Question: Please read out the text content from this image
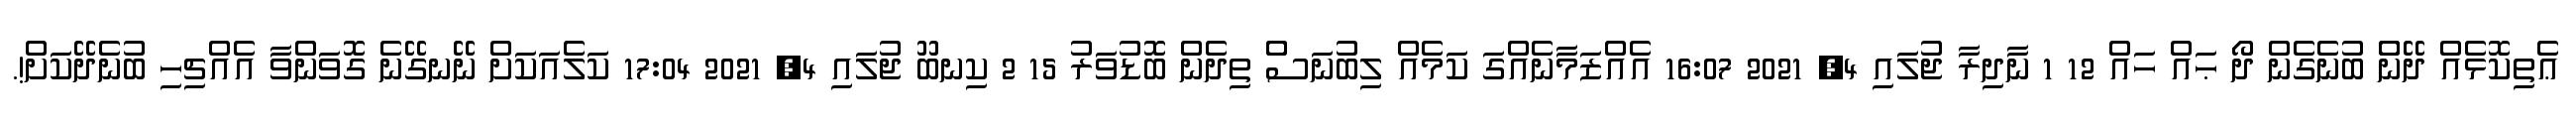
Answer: ޢެތިކޮޅެއް ދޭންް ބުނެގެން ދޯ ޙައް ހައް 12 1 ނާދިރާ ޖުލައި 4, 2021 16:07 އެއްޒަމާނެއްގަ ކަމެއް ލިބުނަސްް ތިދެން ބޮޑުވަރު 15 2 ކިނބޫ ޖުލައި 4, 2021 17:04 ކަލެއަކަށް ނޭނގޭނެ ގޮވަންވާ އެއްޗިހި ބުނެދޭކަށް!.